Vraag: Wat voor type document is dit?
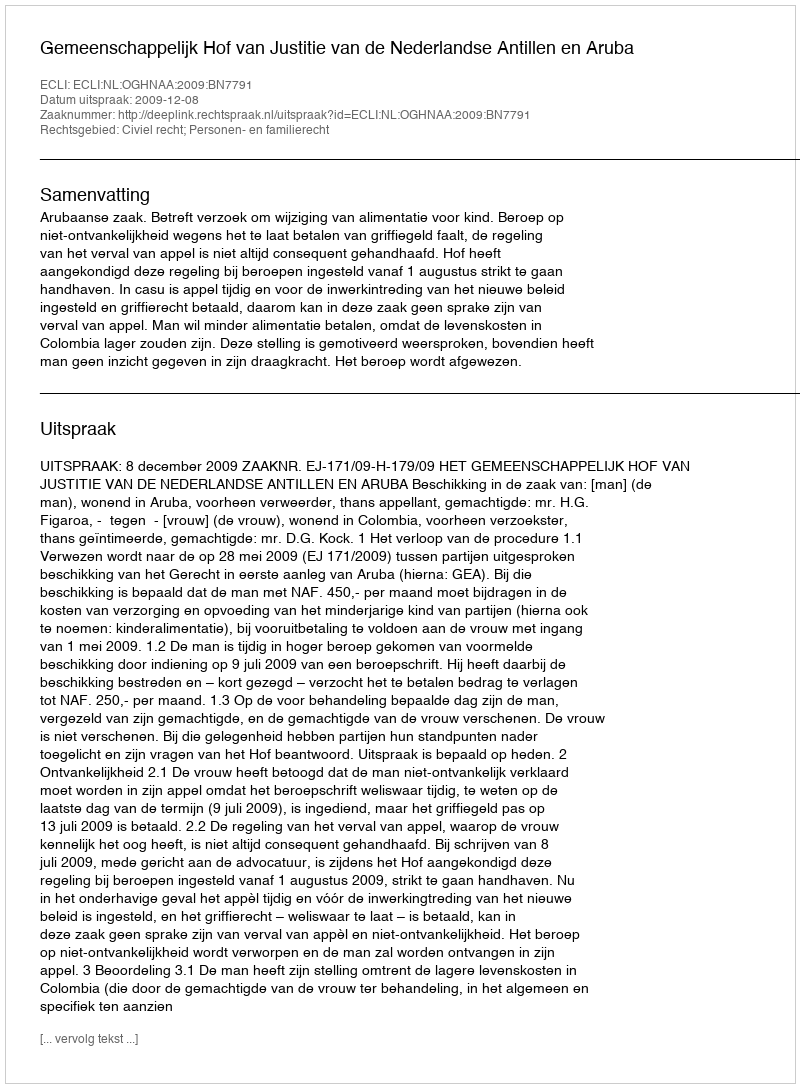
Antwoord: Uitspraak